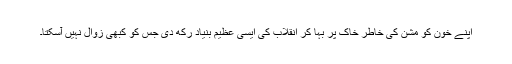
اپنے خون کو مشن کی خاطر خاک پر بہا کر انقلاب کی ایسی عظیم بنیاد رکھ دی جس کو کبھی زوال نہیں آسکتا۔